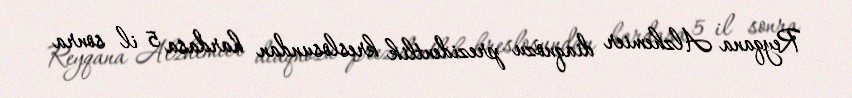
Reyqana Alzhemier diaqnozu prezidentlik kreslosundan hardasa 5 il sonra